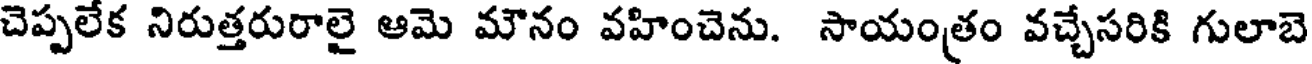
చెప్పలేక నిరుత్తరురాలై ఆమె మౌనం వహించెను. సాయంత్రం వచ్చేసరికి గులాబె